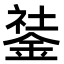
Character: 𨧽